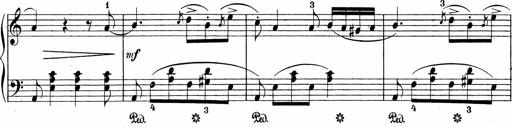
Title: Sonatinen Op.47, 98 und 136, nebst 6 Liedersonatinen
Composer: Carl Reinecke